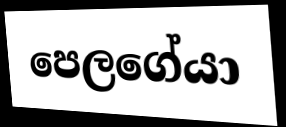
පෙලගේයා